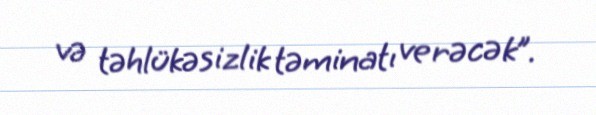
və təhlükəsizlik təminatı verəcək”.